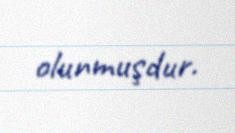
olunmuşdur.